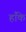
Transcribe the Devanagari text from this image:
हाँके